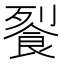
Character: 𲋗